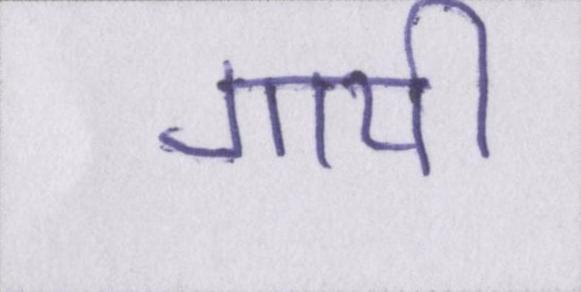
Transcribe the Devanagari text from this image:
गायी